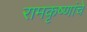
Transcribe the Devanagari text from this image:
रामकृष्णांचे